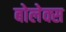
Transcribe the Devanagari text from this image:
बोलेक्स